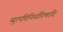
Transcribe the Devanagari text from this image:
व्युत्पत्तिनिर्धारिणादि